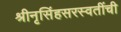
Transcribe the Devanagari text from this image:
श्रीनृसिंहसरस्वतींची